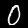
Label: 0